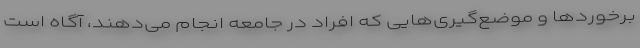
برخوردها و موضع‌گیری‌هایی که افراد در جامعه انجام می‌دهند، آگاه است